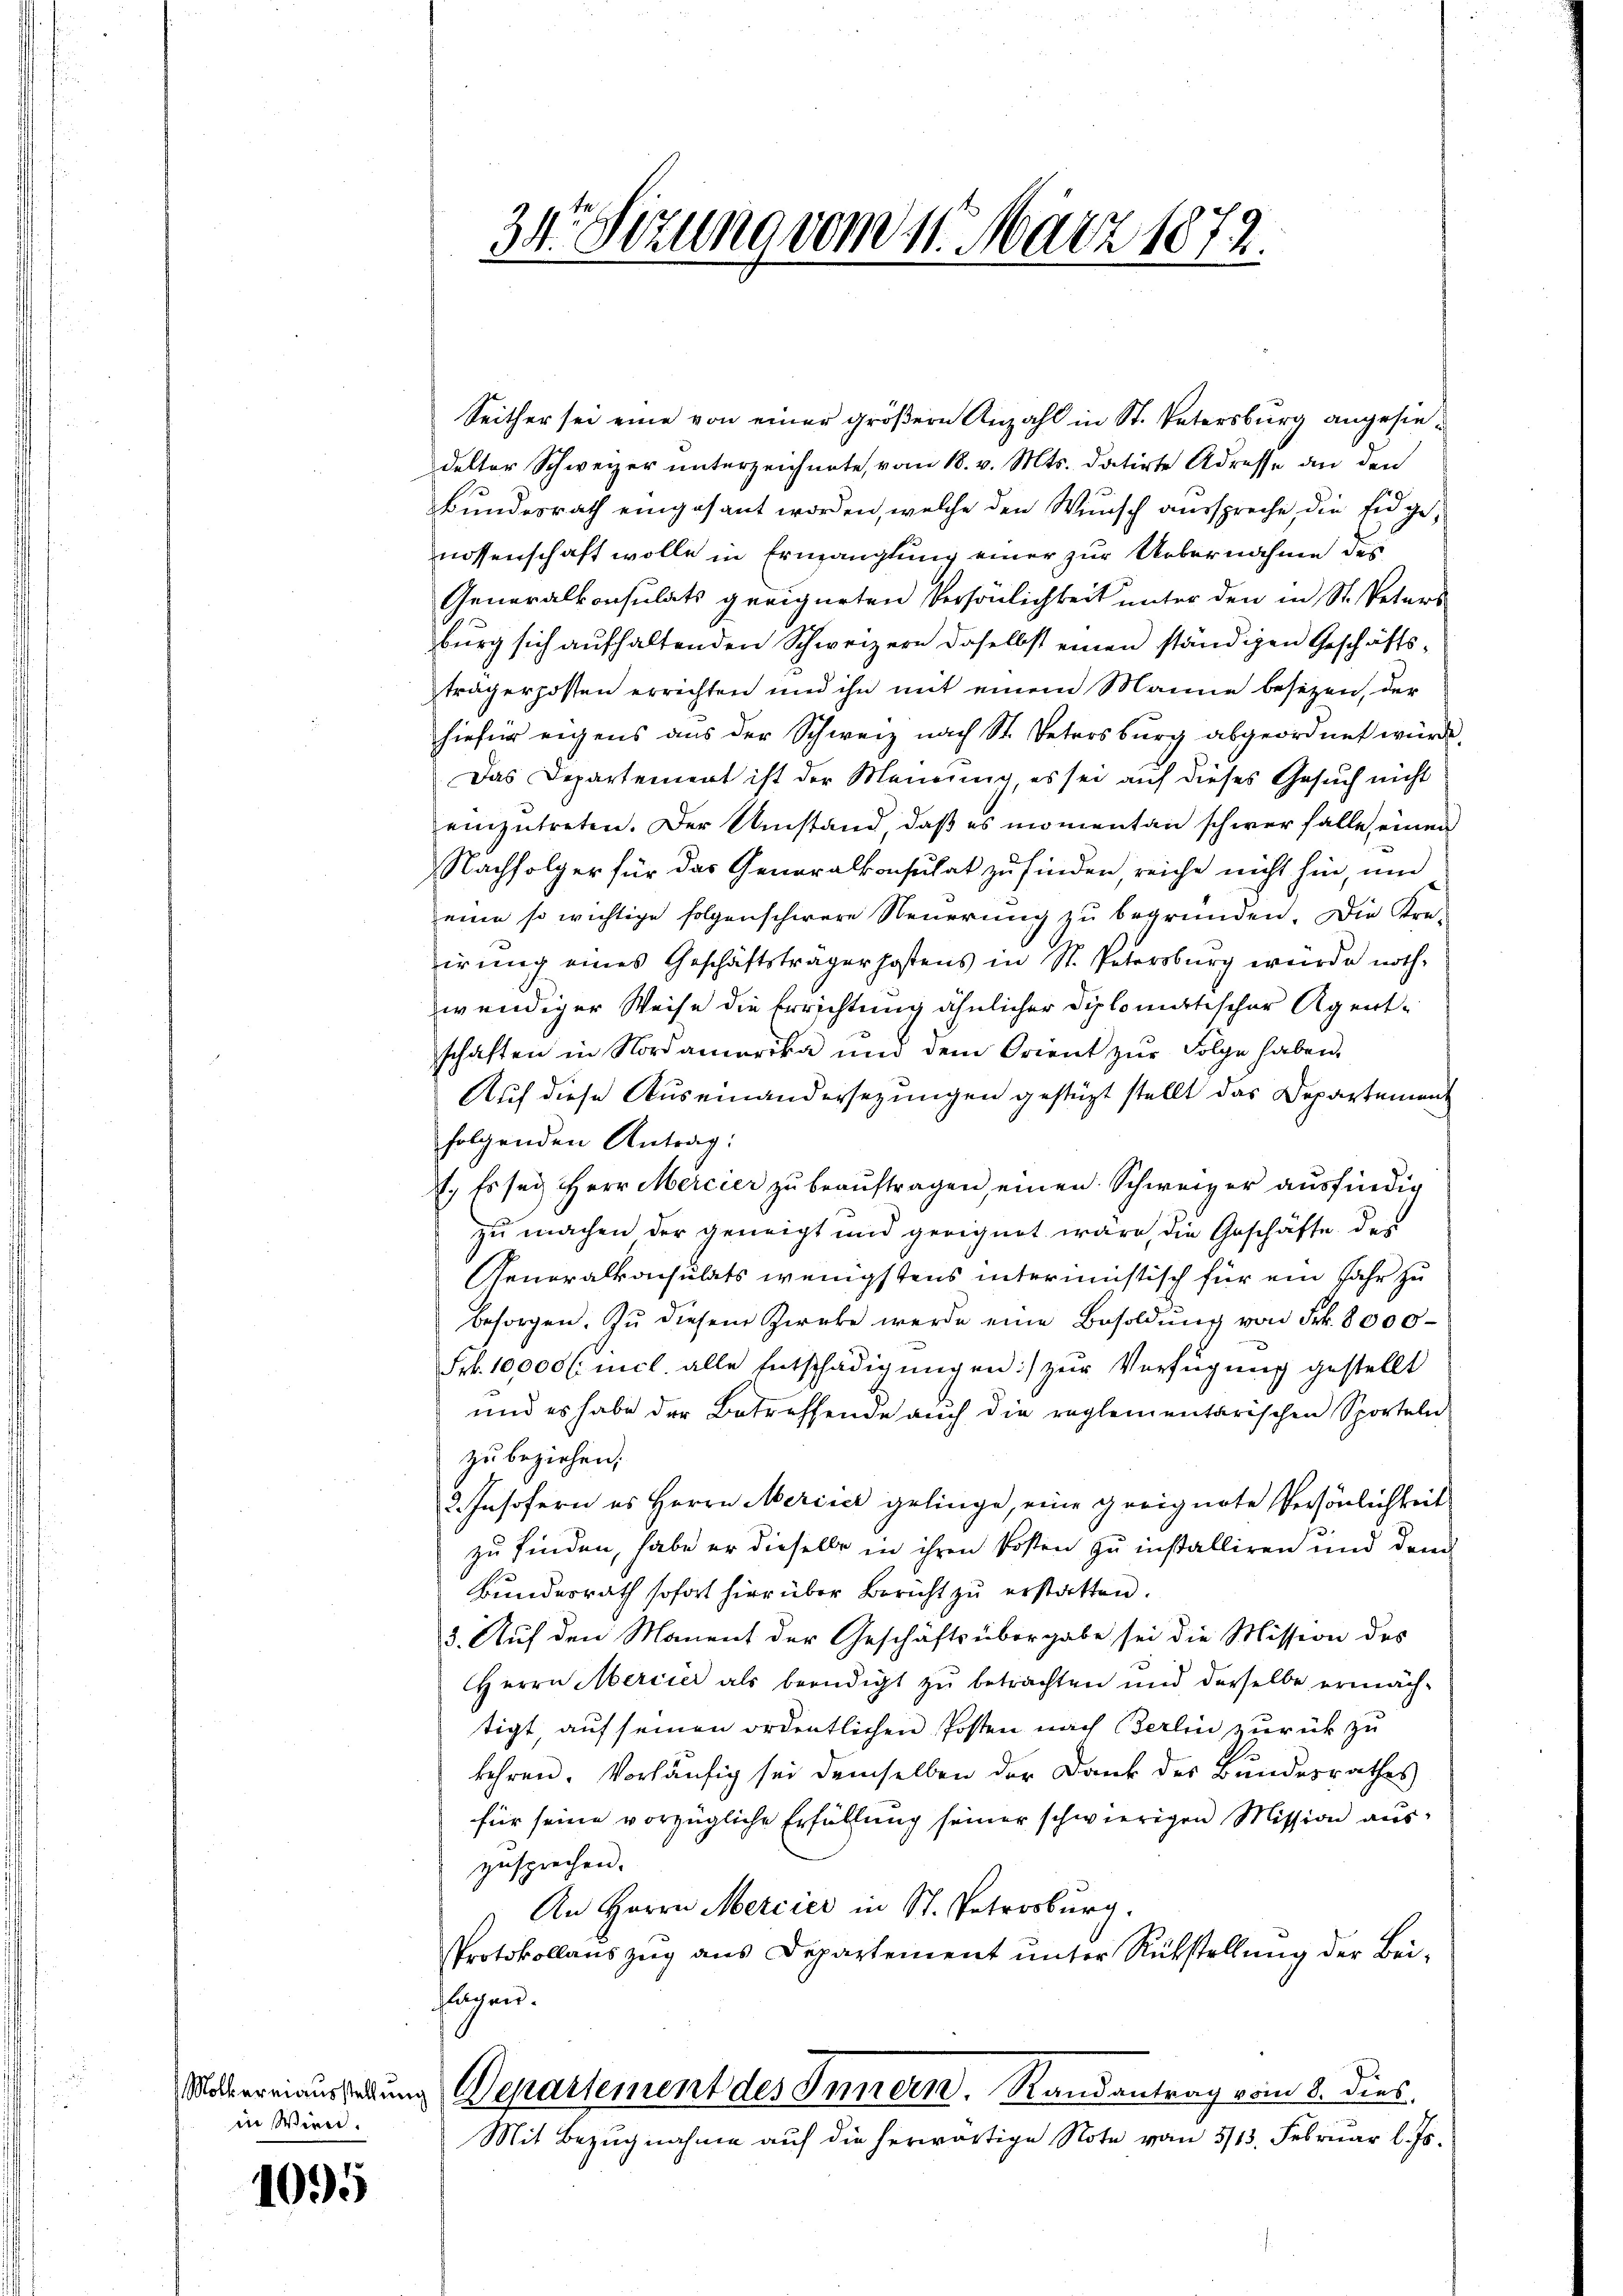
Molkermausstellung
in Wien.

1095

34 Sezung vom 11. März 1872.

Seither sei eine von einer größere Anzahl in St. Vatersburg angesiedelter Schweizer unterzeichnete, vom 18. v. Mts. datirte Adresse an den
Bundesrath eingesant worden, welche den Wunsch ausspreche, die Eidgenossenschaft wolle in Ermanglung einer zur Uebernahme des
Generalkonsulats geeigneten Persönlichkeit unter den in St. Peters
burg sich aufhaltenden Schweizern daselbst einen ständigen Geschäftsträgerposten errichten und ihn mit einem Manne besezen, der
hiefür eigens aus der Schweiz nach St. Vetersburg abgeordnet würde.
Das Departement ist der Meinung es sei auf dieses Gesuch nicht
einzutreten. Der Umstand, daß es momentan schwer falle einen
Nachfolger für das Generalkonsulat zu finden, reiche nicht hin, und
eine so wichtige folgenschwere Neuerung zu begründen. Die Kre-
irung eines Geschäftsträgerhofens in St. Petersburg würde noth-
wendiger Weise die Errichtung ähnlicher Diplomatischer Agentschaften in Nordamerika und dem Orient zŭr Folge haben,
Auf diese Auseinandersezungen gestüzt stellt das Departement
folgenden Antrag:
1., Es sey HHerr Mercier zu beaŭftragen, einen Schweizer ausfündig
zu machen der geneigt und geeignet wäre, die Geschäfte des
Generalkonsulats wenigstens interimistisch für ein Jahr zu
besorgen. Zu diesem Zwecke werde eine Besoldung von Frk. 8000
Frk. 10,000 l. mich. alle Entschädigungen) zur Verfügung gestellt
und es habe der Betreffende aŭch die reglementarischen Sporteln
zu beziehen,
2. Insofern es Herrn Meriner gelinge, eine geeignete Persönlichkeit
zu finden, habe er dieselbe in ihren Posten zu installiren und dem
Bundesrath sofort hierüber Bericht zu erstatten.
3. Auf den Manent der Geschäftsübergabe sei die Mission des
Herrn Mercier als beendigt zŭ betrachten und derselbe ermäch-
tigt, auf seinen ordentlichen Posten nach Berlin zurück zu
kehren. Vorhäufig sei demselben der Dank des Bundesrathes
für seine vorzügliche Erfüllung seiner schwierigen Mission auszusprechen.
An Herrn Mercier in St. Petrosburg.
Protokollauszug aus Departement unter Rückstellung der Beilagen.
Departement des Innern, Randantrag vom 8. dies
Mit Bezugnahme auf die herwärtige Note vom 5/13. Februar l. Js.